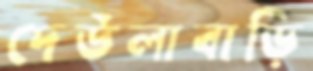
দেউলাবাড়ি